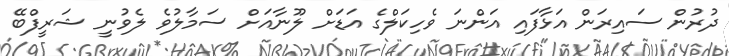
ދުރުން ސައިރަން އަޅާފައި އަންނަ ވެހިކަލްގެ އަޑަށް ލޫނާއަށް ސަމާލުވެ ލެވުނީ ޝަރީފްބޭ